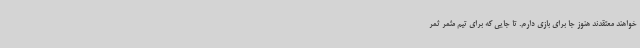
‌خواهند معتقدند هنوز جا برای بازی دارم. تا جایی که برای تیم مثمر ثمر